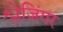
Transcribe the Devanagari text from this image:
श्लेज़िंगर